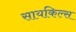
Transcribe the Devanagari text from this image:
सायकिल्स